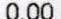
0.00